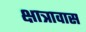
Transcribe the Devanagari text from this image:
क्षात्रावास